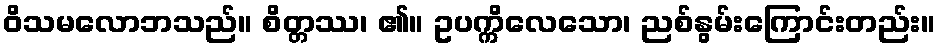
ဝိသမလောဘသည်။ စိတ္တဿ၊ ၏။ ဥပက္ကိလေသော၊ ညစ်နွမ်းကြောင်းတည်း။